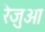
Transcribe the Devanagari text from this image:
रेजुआ